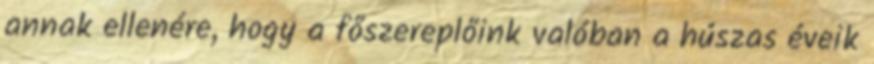
annak ellenére, hogy a főszereplőink valóban a húszas éveik